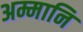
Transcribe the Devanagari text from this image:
अम्मानि